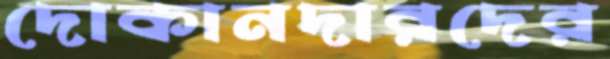
দোকানদারদের